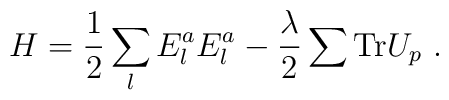
H = {1\over 2} \sum_l E^a_l E^a_l -{\lambda \over 2} \sum {\rm Tr} U_p~.